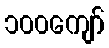
၁၀၀ကျော်